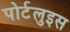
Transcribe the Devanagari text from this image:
पोर्टलुइस